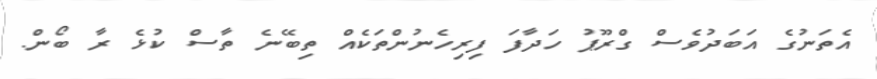
އެތަނުގެ އަބަދުވެސް ގްރޫޕު ހަދާފަ ފިރިހެނުންތަކެއް ތިބޭނެ ތާސް ކުޅެ ރާ ބޯން.